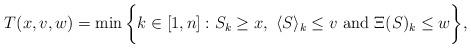
LaTeX: \begin{align*}T(x,v,w)=\min\bigg\{k\in [1, n]: S_k \geq x,\ \langle S\rangle_k \leq v \ \textrm{and} \ \Xi(S)_k \leq w \bigg\},\end{align*}